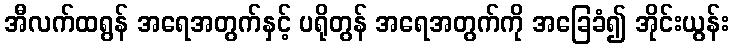
အီလက်ထရွန် အရေအတွက်နှင့် ပရိုတွန် အရေအတွက်ကို အခြေခံ၍ အိုင်းယွန်း